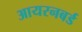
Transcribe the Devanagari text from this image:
आयरनबर्ड